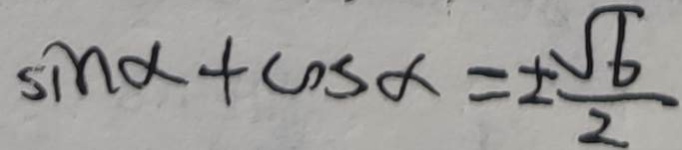
\sin \alpha + \cos \alpha = \pm \frac { \sqrt { 6 } } { 2 }